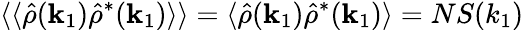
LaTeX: \langle\langle\hat{\rho}(\mathbf{k}_{1})\hat{\rho}^{*}(\mathbf{k}_{1})\rangle\rangle=\langle\hat{\rho}(\mathbf{k}_{1})\hat{\rho}^{*}(\mathbf{k}_{1})\rangle=NS(k_{1})